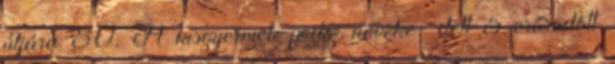
útjára 80. A kisgyermek pedig növeke− dett és erősödött